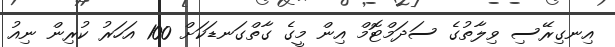
އިނގިރޭސި ވިލާތުގެ ސަދަމްޓޮމް އިން މީގެ ގާތްގަނޑަކަށް 100 އަހަރު ކުރިން ނިއު